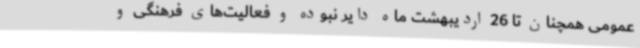
عمومی همچنان تا 26 اردیبهشت ماه دایر نبوده و فعالیت‌های فرهنگی و